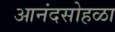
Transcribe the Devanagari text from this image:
आनंदसोहळा